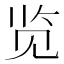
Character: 览